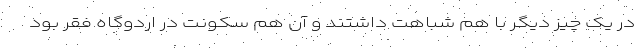
در یک چیز دیگر با هم شباهت داشتند و آن هم سکونت در اردوگاه فقر بود